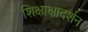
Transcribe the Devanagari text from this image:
शिक्षाक्षादर्शन